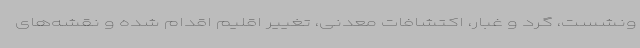
ونشست، گرد و غبار، اکتشافات معدنی، تغییر اقلیم اقدام شده و نقشه‌های